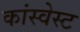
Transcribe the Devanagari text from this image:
कांस्वेस्ट